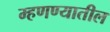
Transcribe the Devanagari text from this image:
म्हणण्यातील